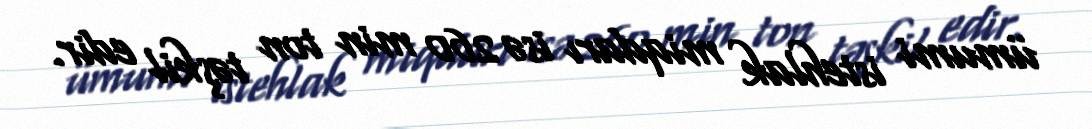
ümumi istehlak miqdarı isə 260 min ton təşkil edir.